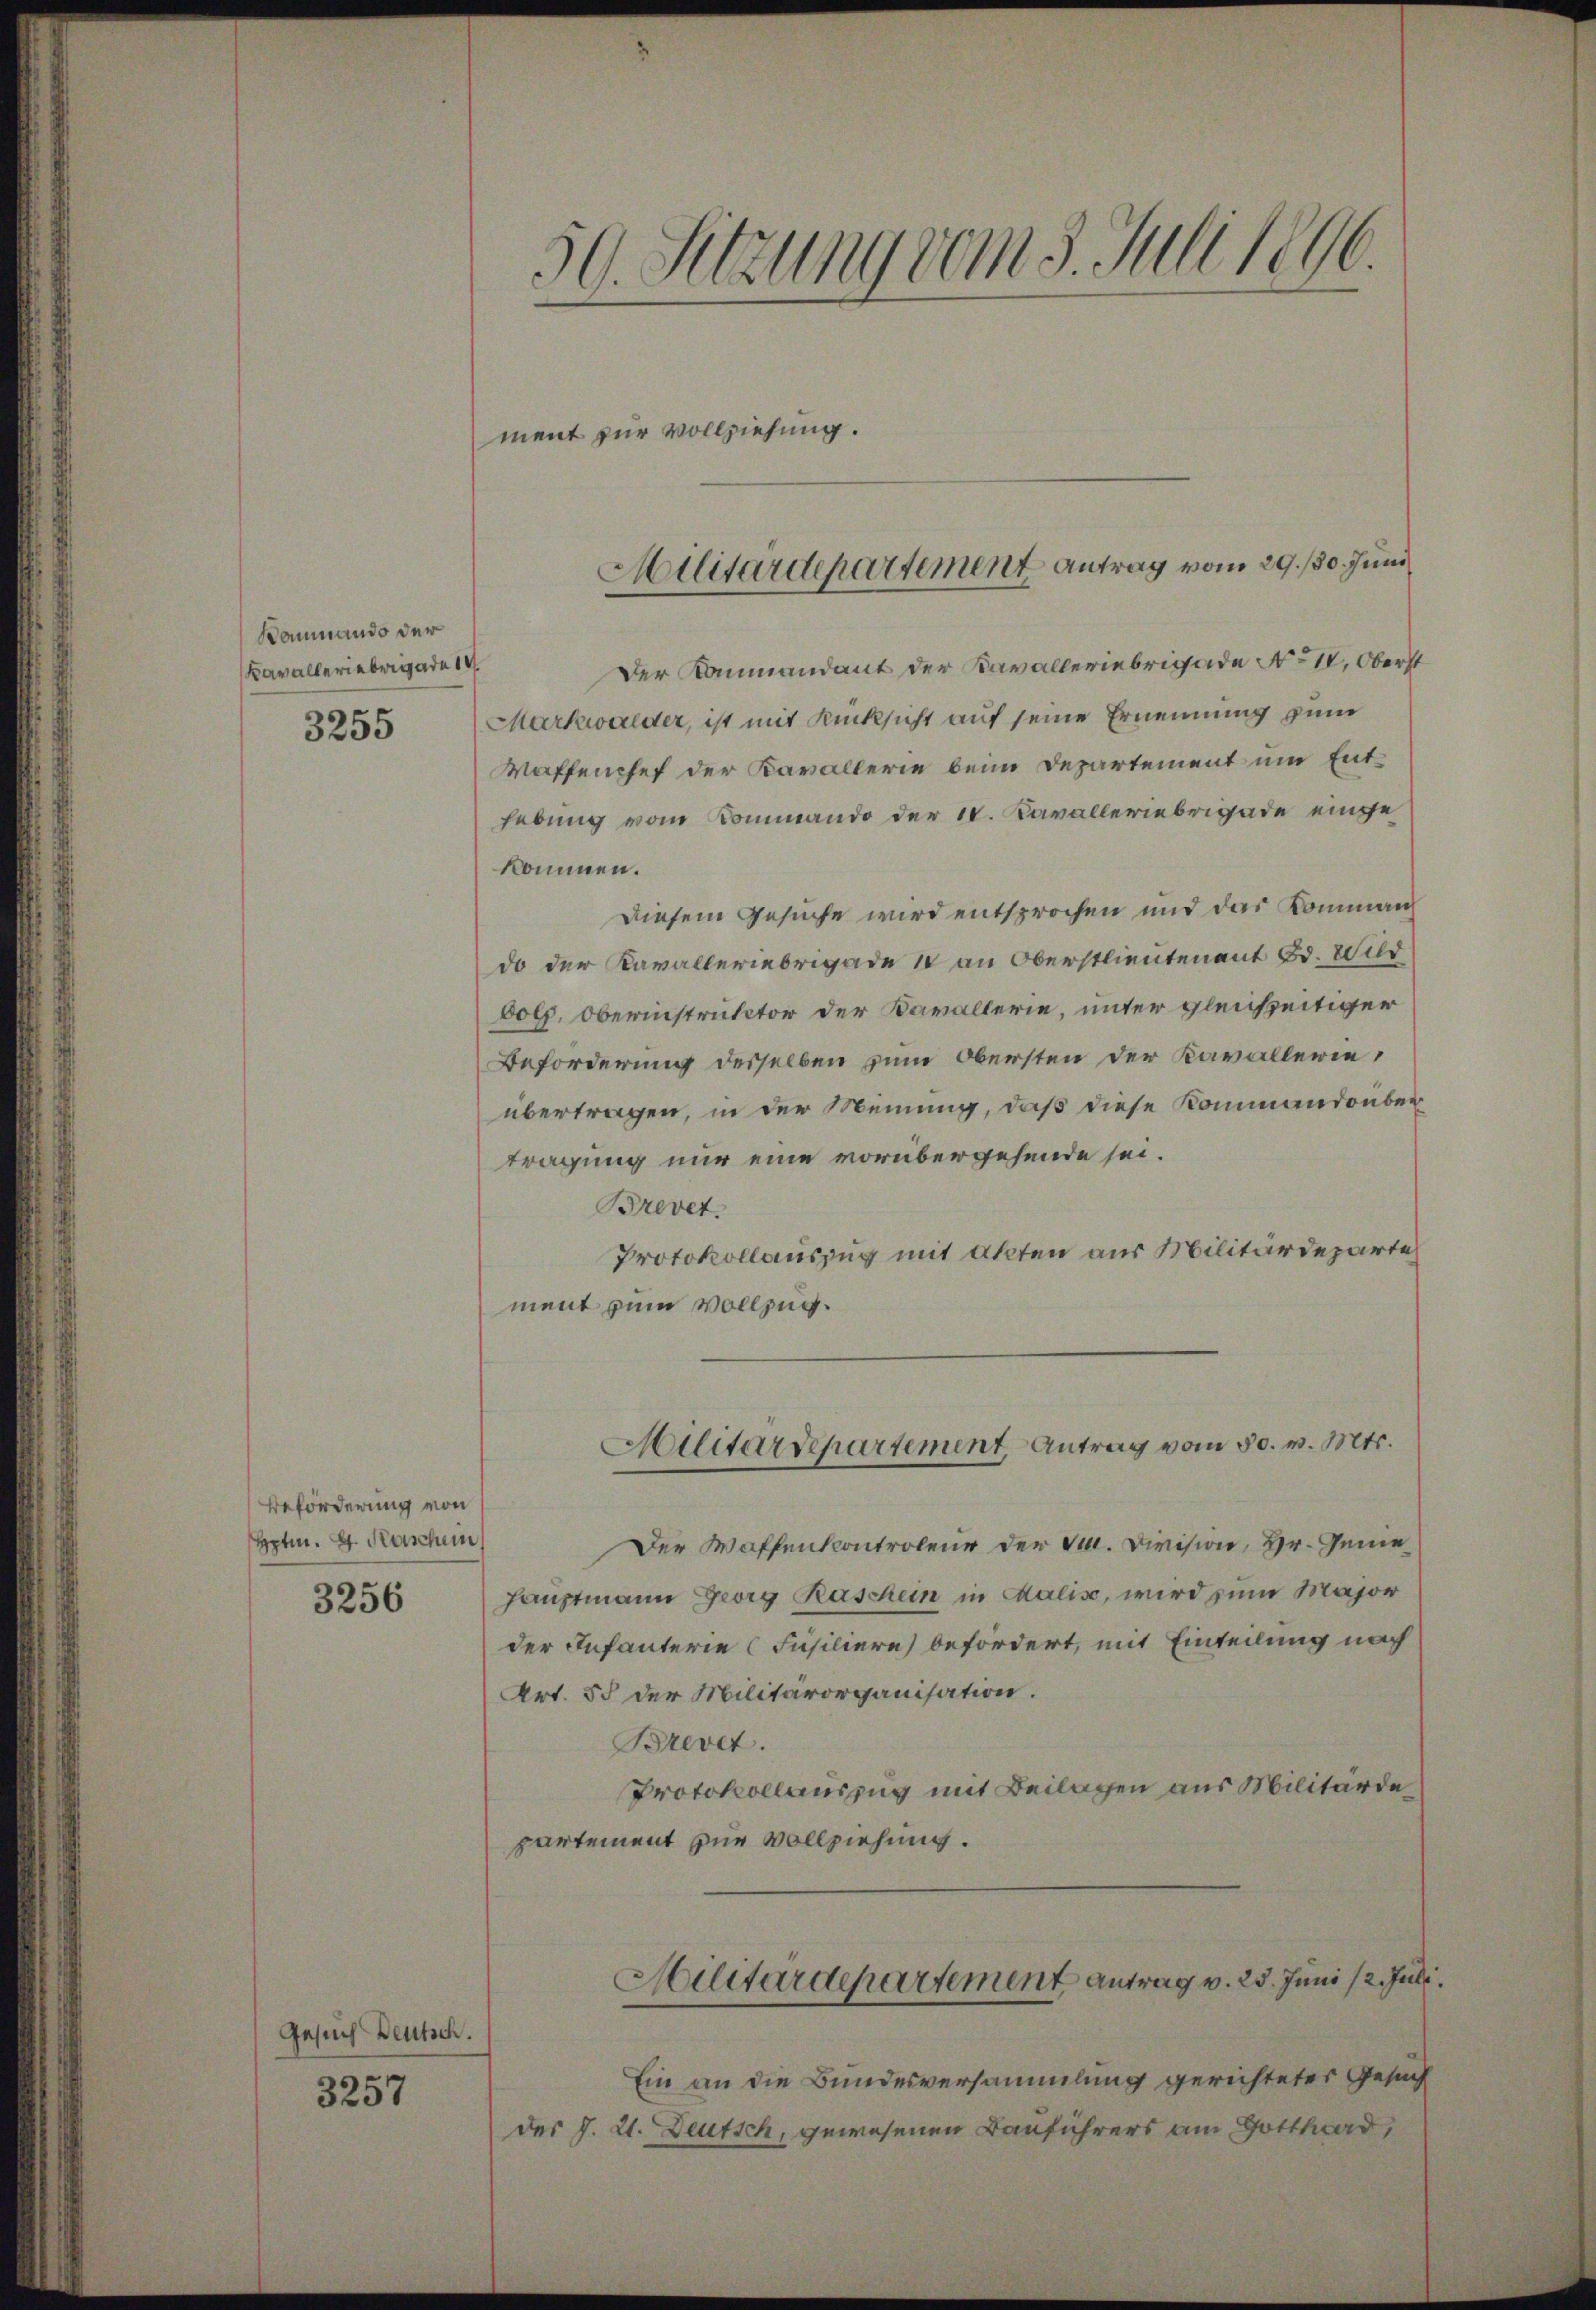
Kommando der
Kavalleriebergade 1

3255

Beförderung von
hptm. 4. Kaschein

3256

Gesuch Deutsch.
3257

50. Sitzung vom 3. Juli 1896.

ment für Vollziehung.
Der Kammandant der Kavalleriebrigade No 10, Oberst
Markwalder, ist mit Rücksicht auf seine Ernennung zum
Waffenchef der Kavallerie beim Departement um Enthebung vom Kommando der 1. Kavalleriebrigade eingekommen.
Diesem Gesuche wird entsprochen und das Kommando der Kavalleriebrigade u an Oberstlieutenant Bd. Wild
bolz, Oberinstructor der Kavallerie, unter gleichzeitiger
Beforderung desselben zum Obersten der Kavallerieübertragen, in der Meinung, daß diese Kommandonber
tragung nur eine vorübergehende sei.
Brevet.
Protokollauszug mit Akten aus Militärdeparte
ment zum Vollzug.
Militärdepartement, Antrag vom 30. v. Mts.
Der Waffentcontroleur der Sr. Division, Hr. Gene¬
Hauptmann Georg Raschein in Malis, wird zum Major
der Infanterie (Füsiliere) befördert, mit Einteilung nach
Art. 55 der Militärorganisation.
Brevet.
Protokollauszug mit Beilagen aus Militärde
partement zur Vollziehung.
Militärdepartement antrag v. 25. Juni /2. Juli
Ein an die Bundesversammlung gerichteter Gesuch
des J. 21. Deutsch, gewesenen Bauführers an Gotthard,

Militärdepartement Antrag vom 29./30. Juni